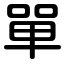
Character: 單